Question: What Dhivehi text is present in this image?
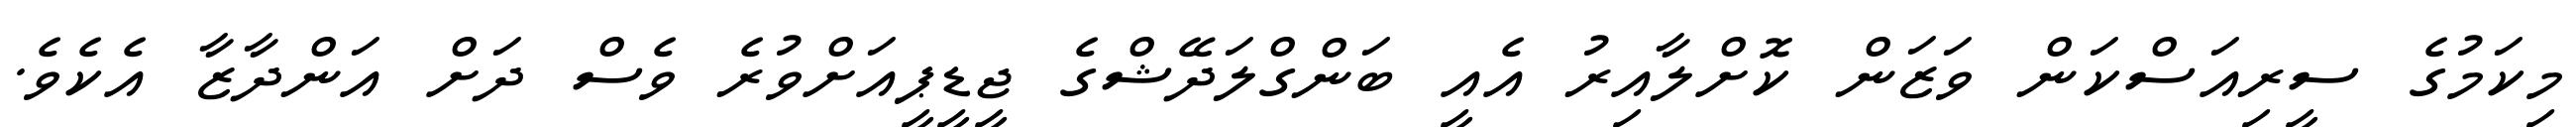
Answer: މިކަމުގެ ސީރިއަސްކަން ވަޒަން ކޮށްލާއިރު އެއީ ބަންގްލަދޭޝްގެ ޖީޑީޕީއަށްވުރެ ވެސް ދަށް އަންދާޒާ އެކެވެ.